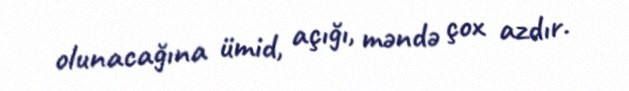
olunacağına ümid, açığı, məndə çox azdır.